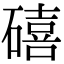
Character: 礂